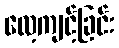
လေ့ကျင့်ခြင်း